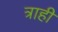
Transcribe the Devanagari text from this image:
त्राही